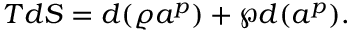
T d S = d ( \varrho a ^ { p } ) + \wp d ( a ^ { p } ) .